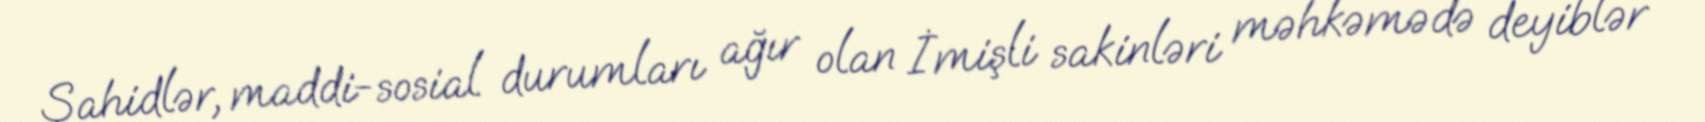
Şahidlər, maddi-sosial durumları ağır olan İmişli sakinləri məhkəmədə deyiblər